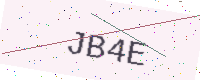
Text: JB4E